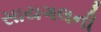
સાયગલની